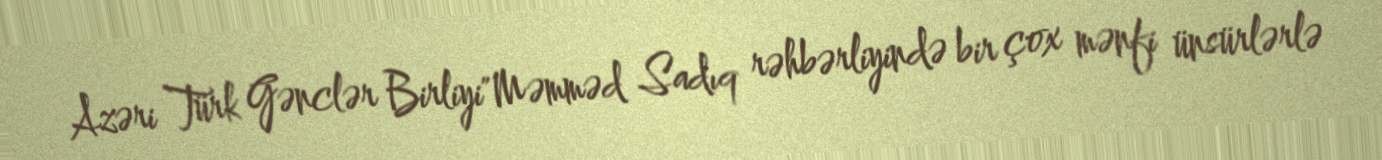
Azəri Türk Gənclər Birliyi"Məmməd Sadıq rəhbərliyində bir çox mənfi ünsürlərlə